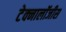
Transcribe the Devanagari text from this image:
टेक्नालॉजीस